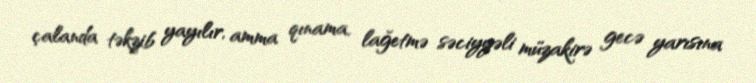
çalanda təkzib yayılır, amma qınama, lağetmə səciyyəli müzakirə gecə yarısına